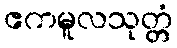
ဧကမူလသုတ္တံ